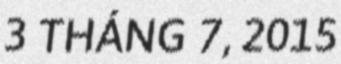
3 THÁNG 7, 2015